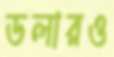
ডলারও